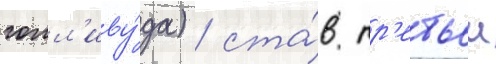
голл'иву́да) / ста́в тр'етьеи